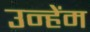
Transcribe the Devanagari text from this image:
उन्हेंम